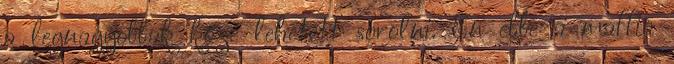
a legnagyobbak közé lehetett sorolni. Én ebbe a maffia